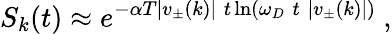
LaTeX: S_{k}(t)\approx e^{-\alpha T|v_{\pm}(k)|\; t\ln(\omega_{D}\; t\; |v_{\pm}(k)|)}~,